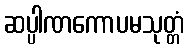
ဆပ္ပါဏကောပမသုတ္တံ